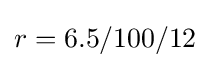
r=6.5/100/12